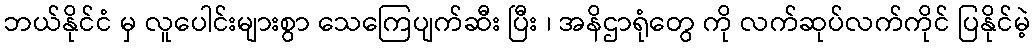
ဘယ်နိုင်ငံ မှ လူပေါင်းများစွာ သေကြေပျက်ဆီး ပြီး ၊ အနိဌာရုံတွေ ကို လက်ဆုပ်လက်ကိုင် ပြနိုင်မဲ့